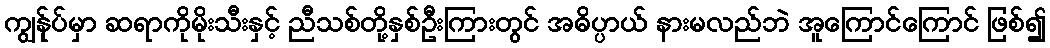
ကျွန်ုပ်မှာ ဆရာကိုမိုးသီးနှင့် ညီသစ်တို့နှစ်ဦးကြားတွင် အဓိပ္ပာယ် နားမလည်ဘဲ အူကြောင်ကြောင် ဖြစ်၍